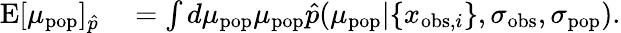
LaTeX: \begin{array}{rl}{\mathrm{E}[\mu_{\mathrm{pop}}]_{\hat{p}}}&{{}=\int d\mu_{\mathrm{pop}}\mu_{\mathrm{pop}}\hat{p}(\mu_{\mathrm{pop}}|\{ x_{\mathrm{obs},i}\} ,\sigma_{\mathrm{obs}},\sigma_{\mathrm{pop}}).}\end{array}